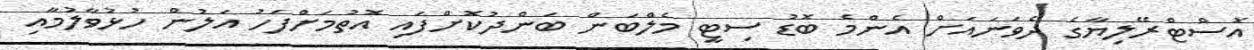
އޮސްޓްރޭލިޔާގެ ދެވަނައަށް އެންމެ ބޮޑު ސިޓީ މެލްބަން ބަންދުކޮށްފައި އޮތުމަށްފަހު އަލުން ހުޅުވާލުމާއި